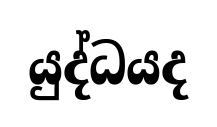
යුද්ධයද